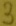
Text: 3